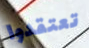
تعتقدوا